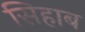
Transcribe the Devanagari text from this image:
सिहाब